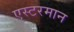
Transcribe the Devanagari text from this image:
एस्टरमान